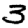
Digit: 3